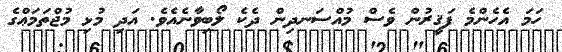
ހަމަ އެހެންމެ ފަޤީރުން ވެސް މުއްސަނދިން ދެކެ ލޯބިވާނެއެވެ. އަދި މުޅި މުޖްތަމަޢްގެ